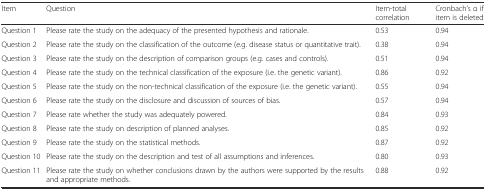
| Item | Question | Item-total correlation | Cronbach’s α if item is deleted |
 | --- | --- | --- | --- |
 | Question 1 | Please rate the study on the adequacy of the presented hypothesis and rationale. | 0.53 | 0.94 |
 | Question 2 | Please rate the study on the classification of the outcome (e.g. disease status or quantitative trait). | 0.38 | 0.94 |
 | Question 3 | Please rate the study on the description of comparison groups (e.g. cases and controls). | 0.51 | 0.94 |
 | Question 4 | Please rate the study on the technical classification of the exposure (i.e. the genetic variant). | 0.86 | 0.92 |
 | Question 5 | Please rate the study on the non-technical classification of the exposure (i.e. the genetic variant). | 0.55 | 0.94 |
 | Question 6 | Please rate the study on the disclosure and discussion of sources of bias. | 0.57 | 0.94 |
 | Question 7 | Please rate whether the study was adequately powered. | 0.84 | 0.93 |
 | Question 8 | Please rate the study on description of planned analyses. | 0.85 | 0.92 |
 | Question 9 | Please rate the study on the statistical methods. | 0.87 | 0.92 |
 | Question 10 | Please rate the study on the description and test of all assumptions and inferences. | 0.80 | 0.93 |
 | Question 11 | Please rate the study on whether conclusions drawn by the authors were supported by the results and appropriate methods. | 0.88 | 0.92 |